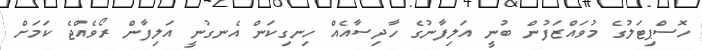
ހޮސްޕިޓަލުގެ މުވައްޒަފުން ބުނީ އަލިފާނުގެ ހާދިސާއެއް ހިނގިކަން އެނގުނީ އަލިފާން ރޯވެއްޖެ ކަމަށް